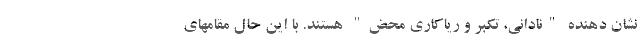
نشان دهنده "نادانی، تکبر و ریاکاری محض" هستند. با این حال مقامهای